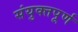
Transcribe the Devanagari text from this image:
संयुक्तपूर्ण